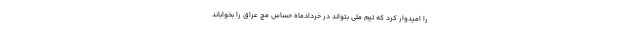
را امیدوار کرد که تیم ملی بتواند در خردادماه حساس مچ عراق را بخواباند